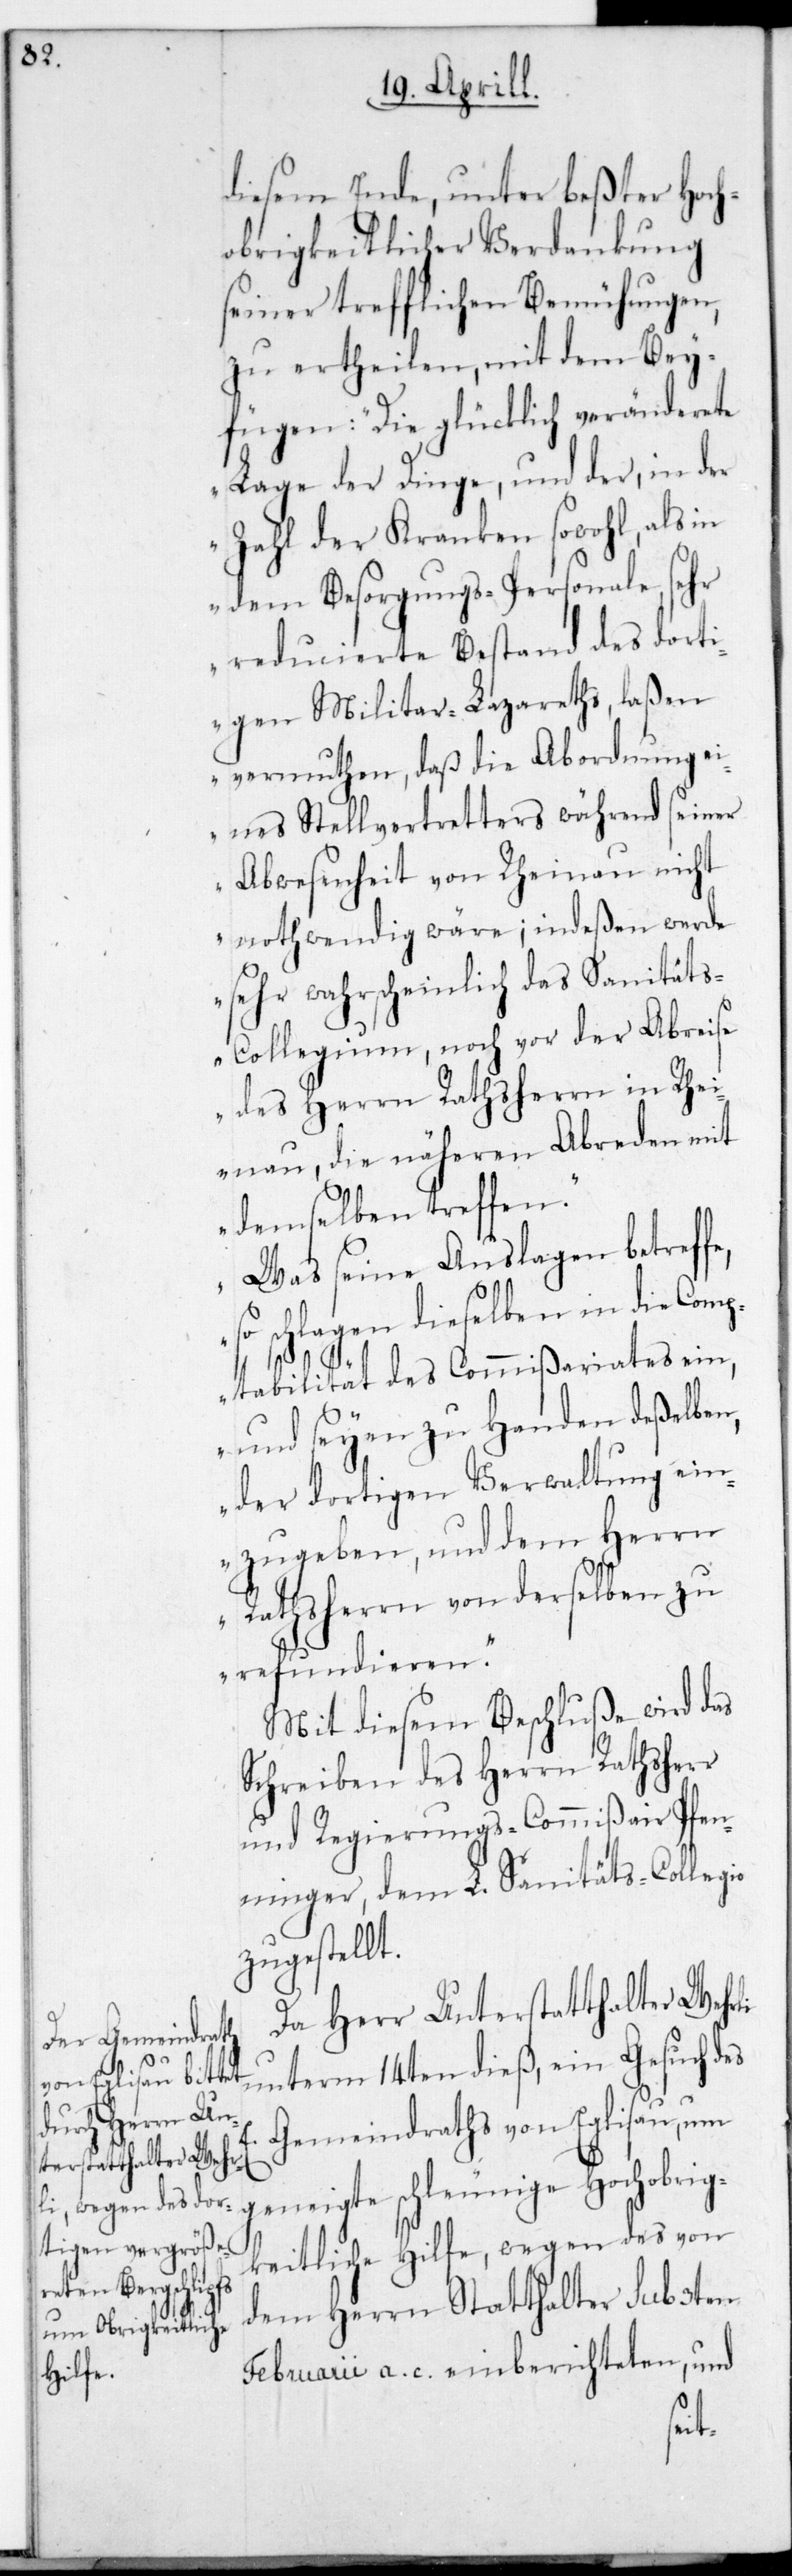
diesem Ende, unter beßter Hoch¬
obrigkeitlicher Verdankung
seiner trefflichen Bemühungen,
zu ertheilen, mit dem Bey¬
fügen: „Die glücklich veränderete
Lage der Dinge, und der, in der
Zahl der Kranken sowohl als in
dem Besorgungs-Personale, sehr
reducierte Bestand des dorti¬
gen Militär-Lazareths, laßen
vermuten, daß die Abordnung ei¬
nes Stellvertretters während seiner
Abwesenheit von Rheinau nicht
nothwendig wäre; indeßen werde
sehr wahrscheinlich das Sanität¬
s-Collegium noch vor der Abreise
des Herrn Rathsherrn in Rhei¬
nau, die näheren Abreden mit
demselben treffen.
Was seine Auslagen betreff¬
schlagen dieselben in die
ptabilität des Commißariates ein,
so
und seyen zu Handen deßelben,
der dortigen Verwaltung ein¬
zugeben, und dem Herrn
Rathsherrn von derselben zu
refundieren.“
Mit diesem Beschluße wird das
Schreiben des Herrn Rathsherr
und Regierungs-Commißair Pfen¬
ninger, dem L. Sanitäts-Collegio
zugestellt.
Da Herr Unterstatthalter Wehrli
unterm 14ten dieß, ein Gesuch des
Gemeindraths von Eglisau, um
geneigte schleunige Hochobrig¬
keitliche Hilfe, wegen des von
dem Herrn Statthalter sub 3ten
Februarii a. c. einberichteten, und
Com¬